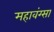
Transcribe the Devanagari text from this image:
महावंग्सा